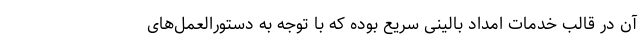
آن در قالب خدمات امداد بالینی سریع بوده که با توجه به دستورالعمل‌های